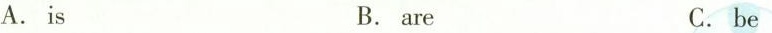
A.is B. are C. be